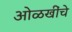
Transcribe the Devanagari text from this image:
ओळखींचे